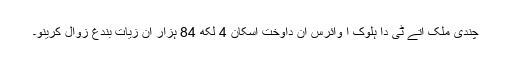
چندی ملک آتے ٹی دا ہلوک آ وائرس آن داوخت اسکان 4 لکھ 84 ہزار آن زیات بندغ زوال کرینو۔